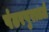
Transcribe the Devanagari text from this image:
पंढरपुरातले